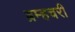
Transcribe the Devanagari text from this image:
ब्रम्हचरी